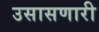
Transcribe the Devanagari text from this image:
उसासणारी